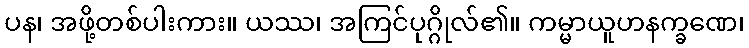
ပန၊ အဖို့တစ်ပါးကား။ ယဿ၊ အကြင်ပုဂ္ဂိုလ်၏။ ကမ္မာယူဟနက္ခဏေ၊